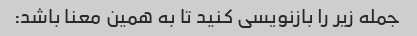
جمله زیر را بازنویسی کنید تا به همین معنا باشد: